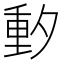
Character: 𬪼